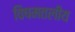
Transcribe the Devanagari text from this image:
विषमतलीय